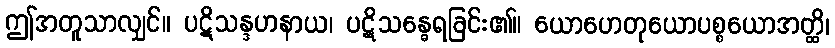
ဤအတူသာလျှင်။ ပဋိသန္ဒဟနာယ၊ ပဋိသန္ဓေရခြင်း၏။ ယောဟေတုယောပစ္စယောအတ္ထိ၊